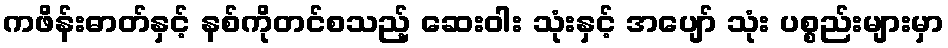
ကဖိန်းဓာတ်နှင့် နစ်ကိုတင်စသည့် ဆေးဝါး သုံးနှင့် အပျော် သုံး ပစ္စည်းများမှာ